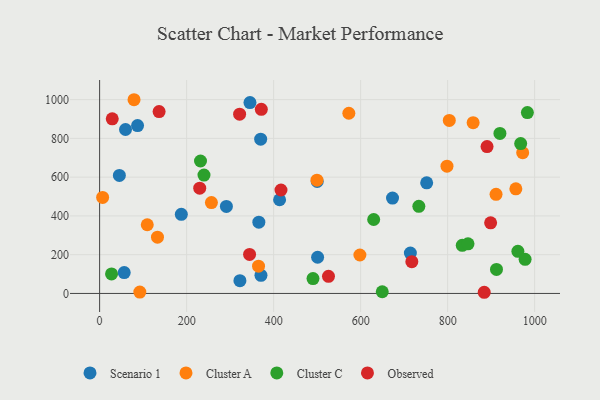
{"axis": {"x": "Engine Size", "y": "Yield"}, "legend": ["Cluster A", "Cluster C", "Observed", "Scenario 1"], "data": [{"x": "322.5", "y": 65.9, "type": "Scenario 1"}, {"x": "291.4", "y": 448.9, "type": "Scenario 1"}, {"x": "366.0", "y": 367.5, "type": "Scenario 1"}, {"x": "187.8", "y": 408.3, "type": "Scenario 1"}, {"x": "59.5", "y": 845.8, "type": "Scenario 1"}, {"x": "45.4", "y": 608.8, "type": "Scenario 1"}, {"x": "500.2", "y": 577.5, "type": "Scenario 1"}, {"x": "501.1", "y": 186.8, "type": "Scenario 1"}, {"x": "87.2", "y": 866.0, "type": "Scenario 1"}, {"x": "345.6", "y": 984.9, "type": "Scenario 1"}, {"x": "714.3", "y": 208.4, "type": "Scenario 1"}, {"x": "56.5", "y": 107.9, "type": "Scenario 1"}, {"x": "413.7", "y": 483.3, "type": "Scenario 1"}, {"x": "751.8", "y": 570.5, "type": "Scenario 1"}, {"x": "370.2", "y": 795.8, "type": "Scenario 1"}, {"x": "370.9", "y": 93.5, "type": "Scenario 1"}, {"x": "673.3", "y": 491.8, "type": "Scenario 1"}, {"x": "956.8", "y": 539.6, "type": "Cluster A"}, {"x": "257.0", "y": 468.7, "type": "Cluster A"}, {"x": "109.5", "y": 354.3, "type": "Cluster A"}, {"x": "598.3", "y": 198.2, "type": "Cluster A"}, {"x": "499.6", "y": 584.2, "type": "Cluster A"}, {"x": "911.3", "y": 511.3, "type": "Cluster A"}, {"x": "572.9", "y": 929.7, "type": "Cluster A"}, {"x": "133.0", "y": 290.5, "type": "Cluster A"}, {"x": "365.3", "y": 140.7, "type": "Cluster A"}, {"x": "79.1", "y": 999.5, "type": "Cluster A"}, {"x": "798.5", "y": 656.4, "type": "Cluster A"}, {"x": "972.5", "y": 726.4, "type": "Cluster A"}, {"x": "858.6", "y": 881.2, "type": "Cluster A"}, {"x": "6.9", "y": 495.4, "type": "Cluster A"}, {"x": "803.8", "y": 892.5, "type": "Cluster A"}, {"x": "92.4", "y": 7.1, "type": "Cluster A"}, {"x": "239.9", "y": 610.7, "type": "Cluster C"}, {"x": "630.0", "y": 381.5, "type": "Cluster C"}, {"x": "961.5", "y": 217.4, "type": "Cluster C"}, {"x": "490.5", "y": 76.5, "type": "Cluster C"}, {"x": "649.7", "y": 8.6, "type": "Cluster C"}, {"x": "967.9", "y": 773.2, "type": "Cluster C"}, {"x": "733.8", "y": 449.5, "type": "Cluster C"}, {"x": "833.6", "y": 248.3, "type": "Cluster C"}, {"x": "978.1", "y": 175.8, "type": "Cluster C"}, {"x": "846.8", "y": 255.8, "type": "Cluster C"}, {"x": "983.3", "y": 933.2, "type": "Cluster C"}, {"x": "912.3", "y": 124.0, "type": "Cluster C"}, {"x": "920.2", "y": 825.8, "type": "Cluster C"}, {"x": "231.9", "y": 683.3, "type": "Cluster C"}, {"x": "27.4", "y": 100.9, "type": "Cluster C"}, {"x": "136.7", "y": 938.6, "type": "Observed"}, {"x": "526.1", "y": 88.1, "type": "Observed"}, {"x": "717.7", "y": 163.9, "type": "Observed"}, {"x": "884.1", "y": 6.0, "type": "Observed"}, {"x": "29.0", "y": 901.0, "type": "Observed"}, {"x": "890.6", "y": 757.6, "type": "Observed"}, {"x": "230.1", "y": 542.9, "type": "Observed"}, {"x": "416.9", "y": 533.7, "type": "Observed"}, {"x": "321.8", "y": 924.9, "type": "Observed"}, {"x": "344.7", "y": 201.3, "type": "Observed"}, {"x": "371.7", "y": 950.2, "type": "Observed"}, {"x": "898.8", "y": 364.4, "type": "Observed"}]}